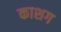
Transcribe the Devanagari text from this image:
काशग